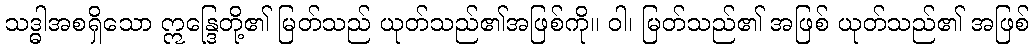
သဒ္ဓါအစရှိသော ဣန္ဒြေတို့၏ မြတ်သည် ယုတ်သည်၏အဖြစ်ကို။ ဝါ၊ မြတ်သည်၏ အဖြစ် ယုတ်သည်၏ အဖြစ်